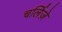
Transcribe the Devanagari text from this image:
चर्लिज़े